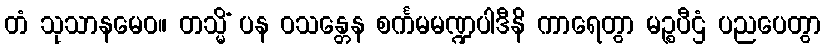
တံ သုသာနမေဝ။ တသ္မိံ ပန ဝသန္တေန စင်္ကမမဏ္ဍပါဒီနိ ကာရေတွာ မဉ္စပီဌံ ပညပေတွာ